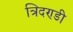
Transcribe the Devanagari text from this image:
त्रिदण्डी